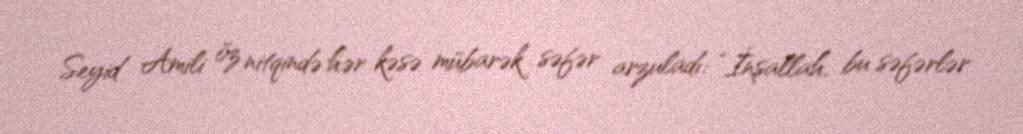
Seyid Amili öz nitqində hər kəsə mübarək səfər arzuladı: “İnşallah, bu səfərlər